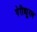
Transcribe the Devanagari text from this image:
पेरीड्यूरल